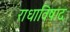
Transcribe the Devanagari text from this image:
राधाविषाद